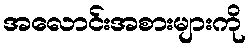
အလောင်းအစားများကို